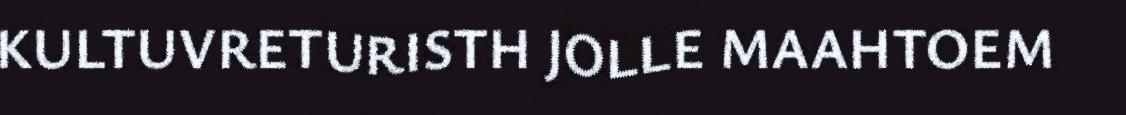
KULTUVRETURISTH JOLLE MAAHTOEM